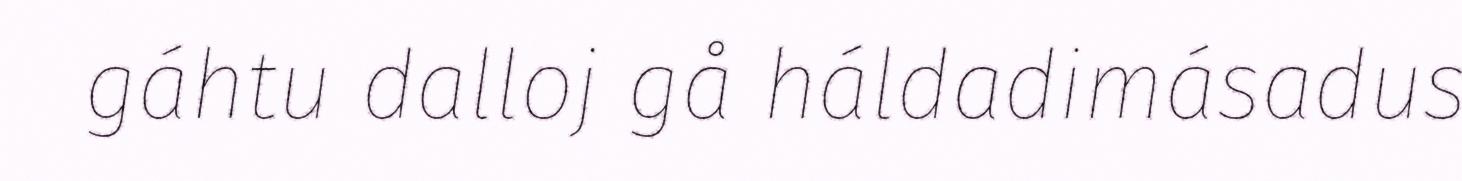
gáhtu dalloj gå háldadimásadus